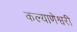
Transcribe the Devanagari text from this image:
कल्याणेश्वरी